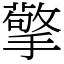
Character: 擎